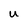
Character: U